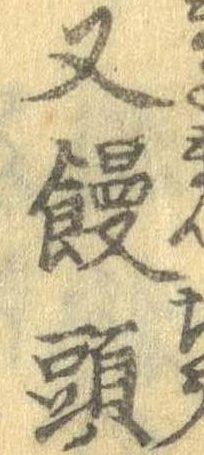
又饅頭